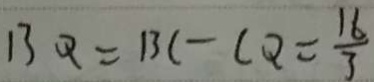
B Q = B C - C Q = \frac { 1 6 } { 3 }